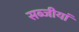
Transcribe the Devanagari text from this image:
सब्जीयां